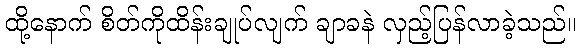
ထို့နောက် စိတ်ကိုထိန်းချုပ်လျက် ချာခနဲ လှည့်ပြန်လာခဲ့သည်။